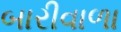
બારીવાળા